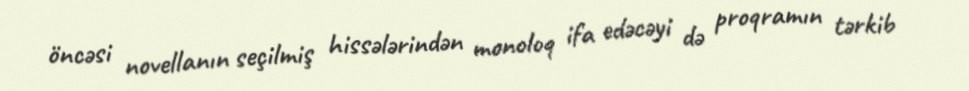
öncəsi novellanın seçilmiş hissələrindən monoloq ifa edəcəyi də proqramın tərkib